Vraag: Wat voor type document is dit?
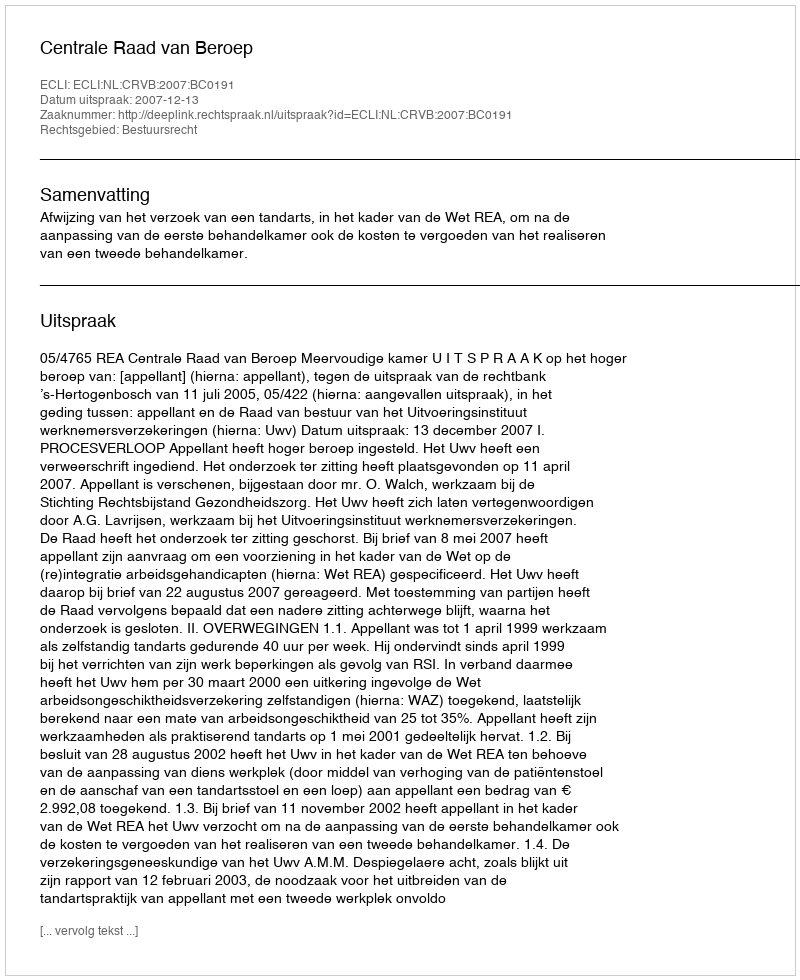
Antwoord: Uitspraak